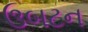
ઉબટન